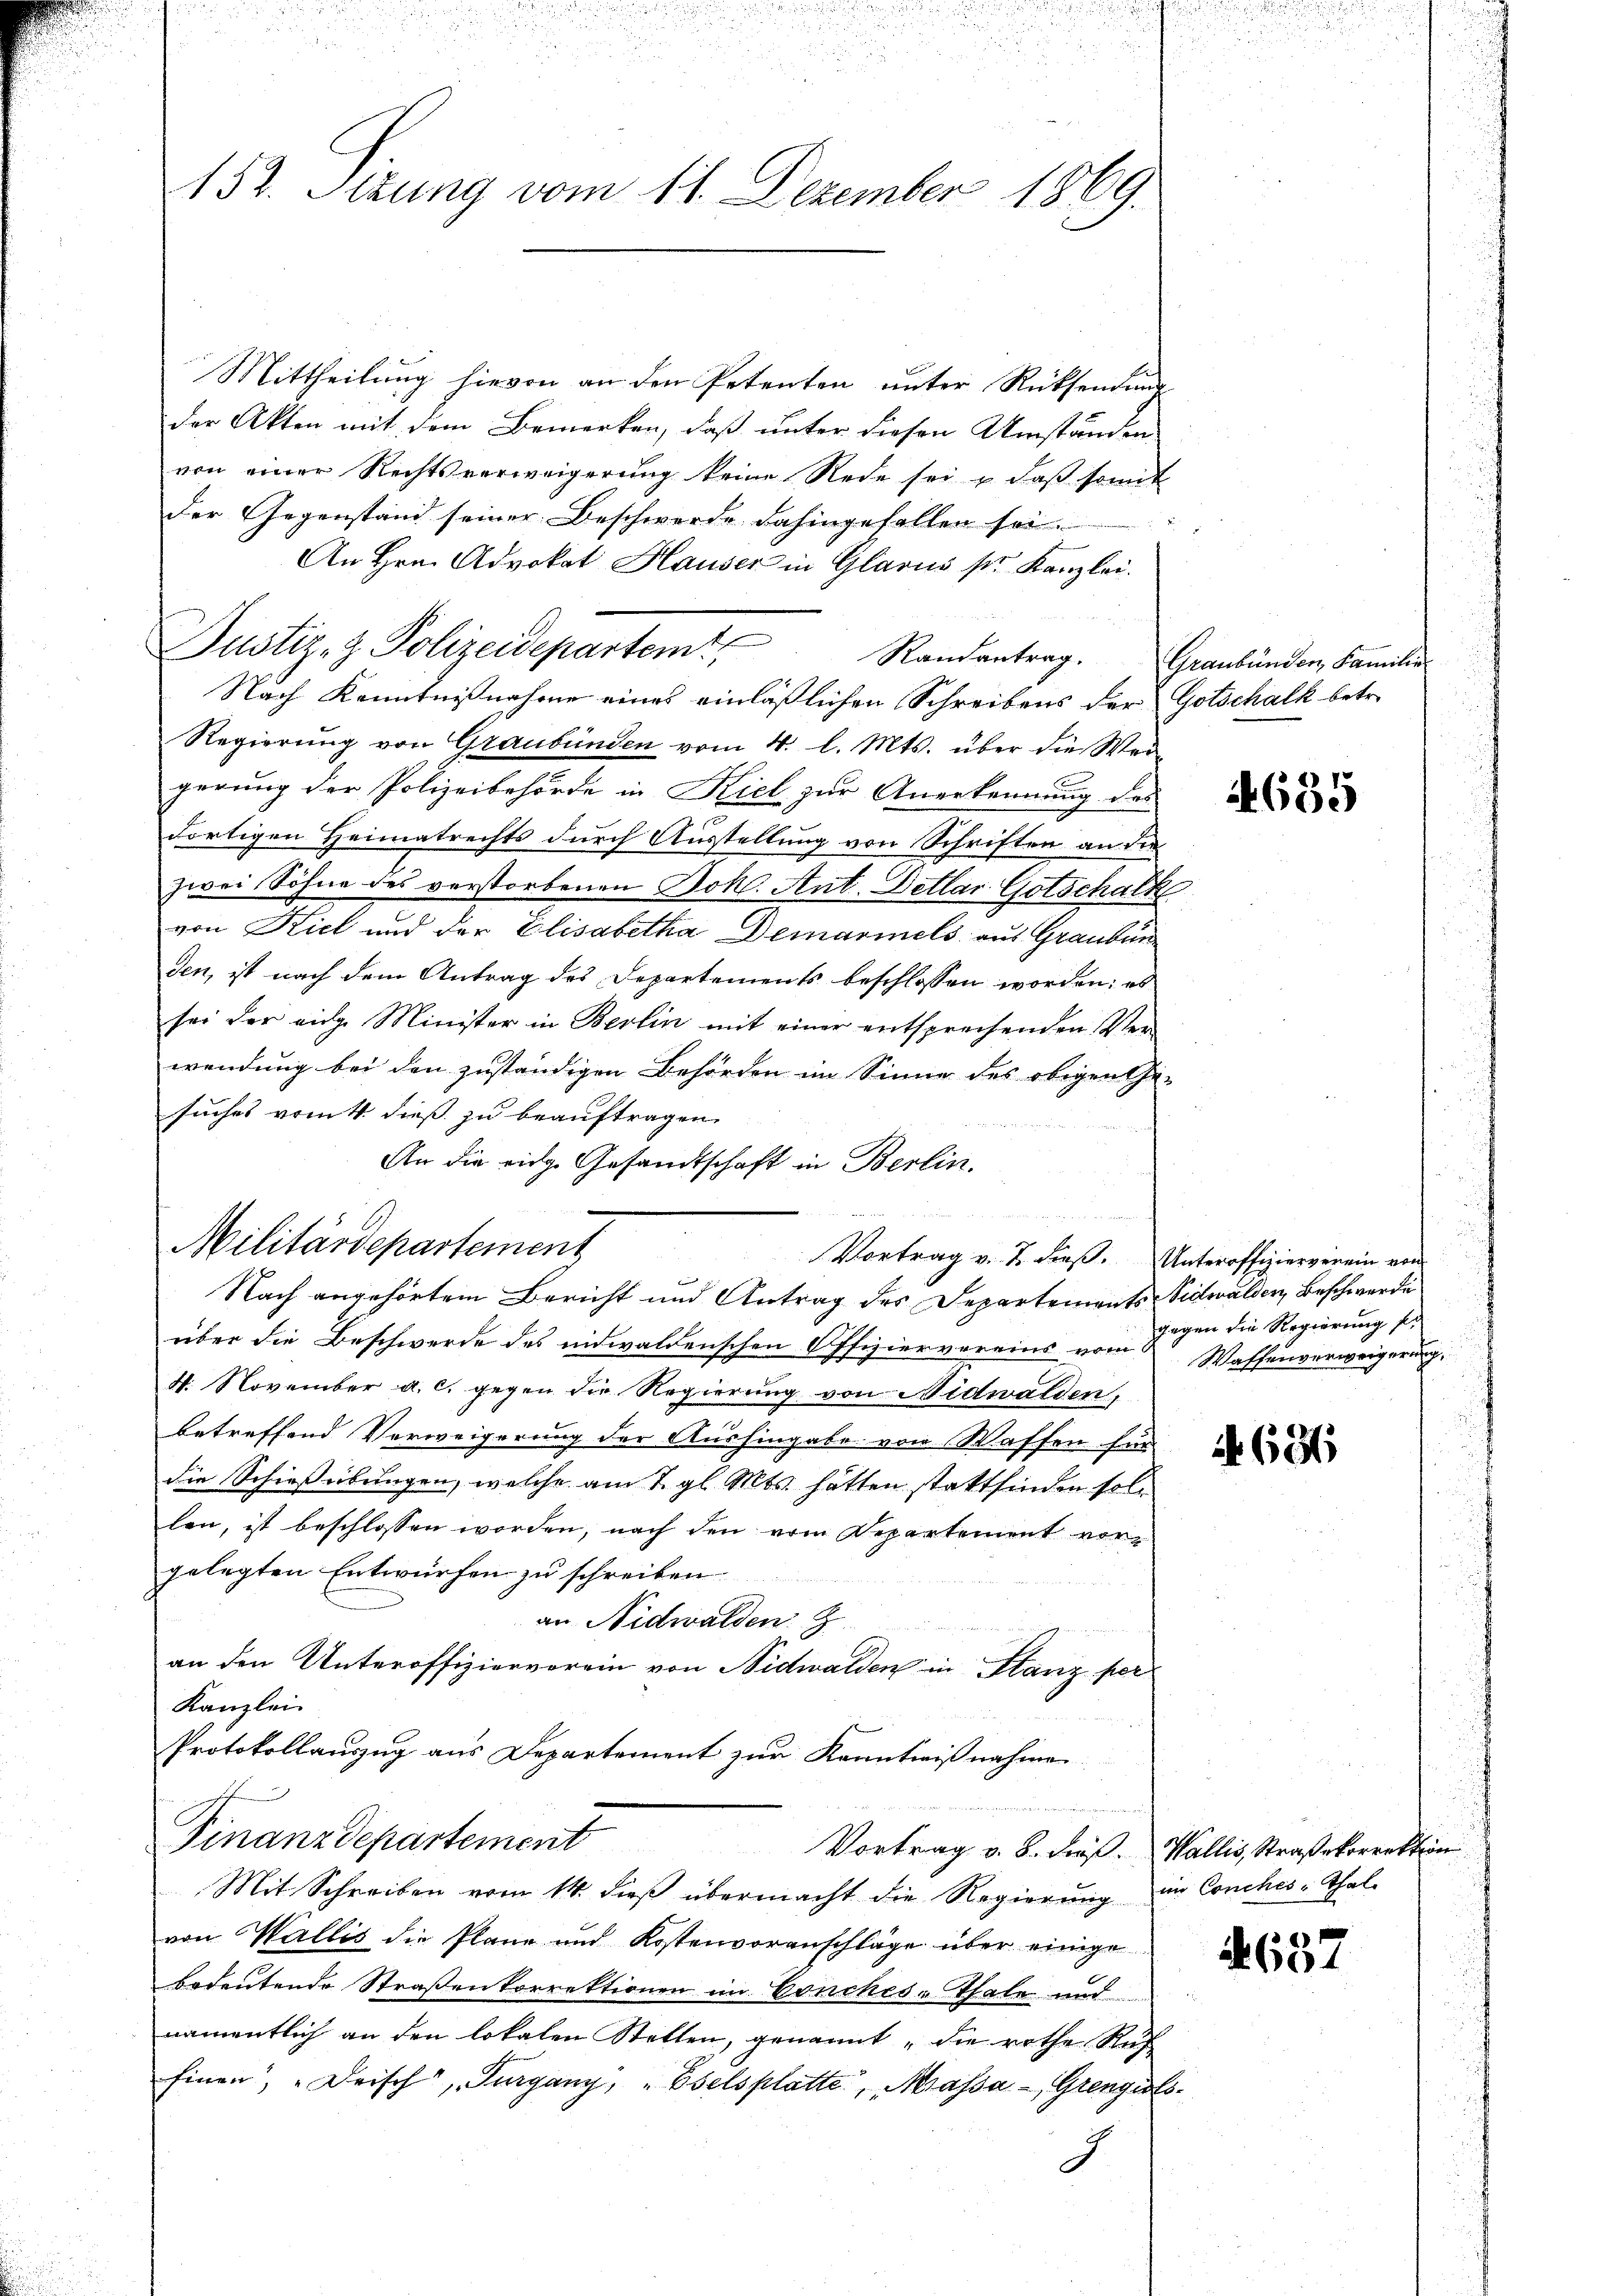
i
152. Sizung vom 11. Dezember 1869.

Mittheilung hievon an den Petenten unter Rücksendung
der Akten mit dem Bemerken, daß unter diesen Umständen
von einer Rechtsverweigerung keine Rede sei u daβ somit
der Gegenstand seiner Beschwerde dahingefallen sei.
An Hrn. Advokat Hauser in Glarus sr Kanzlei.
Regierung von Graubünden vom 4. l. Mts. über die Wer-
gerung der Polizeibehörde in Kiel zur Anerkennung des
dortigen Heimatrechts durch Ausstellung von Schriften an die
zwei Söhne des verstorbenen Joh. Ant. Dellar Gotschalk
von Riet und der Elisabetha Demarmels aus Graubün
den, ist nach dem Antrag des Departements beschlossen worden; es
sei der eidg. Minister in Berlin mit einer entsprechenden Ver-
wendung bei den zuständigen Behörden im Sinne des obigen Ge-
suches vom 4. dieß zu beauftragen.
An die eidg. Gesandtschaft in Berlin.

Justiz- & Polizeidepartemt,

Militärdepartement
Vortrag v. 2. dieß. Unteroffizierverein von
Nach angehörtem Bericht und Antrag des Departements Nidwalden, Beschwerde

Nach Kenntnißnahme eines einläßlichen Schreibens der Gotschalk betr.

über die Beschwerde des idwaldenschen Offiziervereins vom Waffenverweigerung,
4. November a. c. gegen die Regierung von Nidwalden,
betreffend Verweigerung der Aushingabe von Waffen für
die Schießübungen, welche am 7. gl. Mts. hätten stattfinden sollen, ist beschlossen worden, nach den vom Departement vorgelegten Entwürfen zu schreiben.
an Nidwalden z
an den Unteroffiziervorein von Nidwalden in Stanz per
Kanzlei
Protokollauszug aus Departement zur Kanntnißnahmen
Finanzdepartement
Vortrag v. 8. dieß. Wallis, Straße korrekt
Mit Schreiben vom 14. dieß übermacht die Regierung im Conches-Thal-
von Wallis die Pläne und Kostenvoranschläge über einige
bedeutende Straßenkorrektionen im Conches-Thale und
namentlich an den lokalen Stellen, genannt „die rothe Ruh
Einen „Drisch Turgany, " Eselsplatte, Massa - Grenzials

7

Randantrag. Graubünden, Familie

4635

gegen die Regierung se

636

s

657